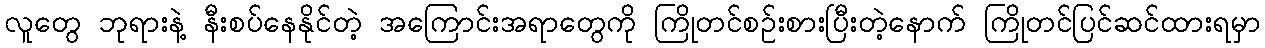
လူတွေ ဘုရားနဲ့ နီးစပ်နေနိုင်တဲ့ အကြောင်းအရာတွေကို ကြိုတင်စဉ်းစားပြီးတဲ့နောက် ကြိုတင်ပြင်ဆင်ထားရမှာ